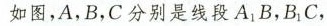
如图，A，B，C分别是线段A_{1}B，B_{1}C，